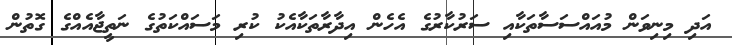
އަދި މިނިވަން މުއައްސަސާތަކާއި ސަރުކާރުގެ އެހެން އިދާރާތަކާއެކު ކުރި މަސައްކަތުގެ ނަތީޖާއެއްގެ ގޮތުން